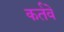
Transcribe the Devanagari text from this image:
कर्तवे